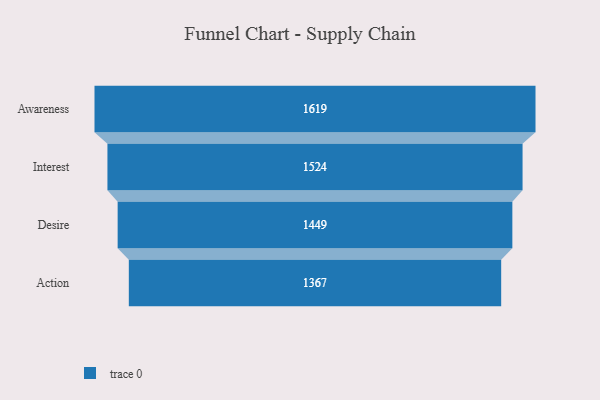
{"axis": {"x": "Stage", "y": "Value"}, "legend": [""], "data": [{"x": "Awareness", "y": 1619.0, "type": ""}, {"x": "Interest", "y": 1524.0, "type": ""}, {"x": "Desire", "y": 1449.0, "type": ""}, {"x": "Action", "y": 1367.0, "type": ""}]}